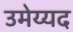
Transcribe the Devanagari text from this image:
उमेय्यद